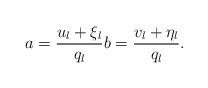
LaTeX: \begin{align*} a=\frac{u_l + \xi_l}{q_l} b=\frac{v_l+\eta_l}{q_l} .\end{align*}